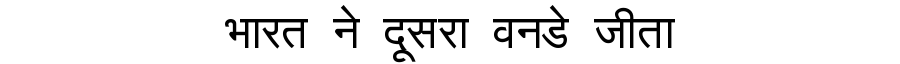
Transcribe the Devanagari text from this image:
भारत ने दूसरा वनडे जीता